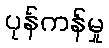
ပုန်ကန်မှု